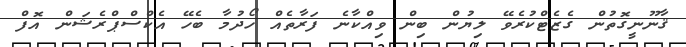
ޤާނޫނީގޮތުން ގެޒެޓްކުރެވޭ ލިޔުން ބިން ވިއްކާނެ ފަރާތެއް ހޯދުމާ ބެހޭ އެކްސްޕްރެޝަން އޮފް